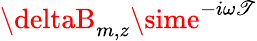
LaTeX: \deltaB_{m,z}\sime^{-i\omega\mathscr{T}}